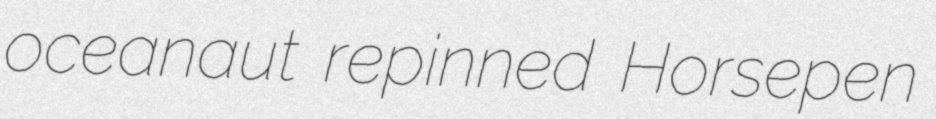
oceanaut repinned Horsepen